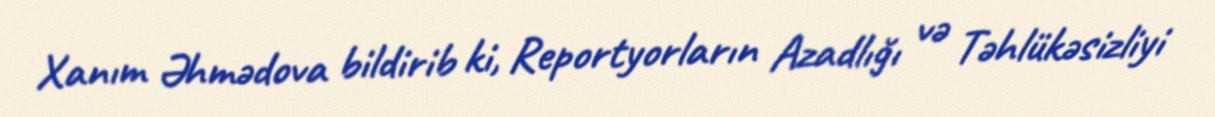
Xanım Əhmədova bildirib ki, Reportyorların Azadlığı və Təhlükəsizliyi